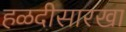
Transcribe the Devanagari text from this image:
हळदीसारखा